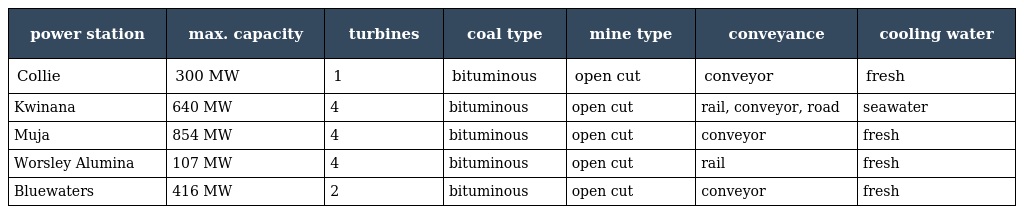
| power station | max. capacity | turbines | coal type | mine type | conveyance | cooling water |
 | --- | --- | --- | --- | --- | --- | --- |
 | Collie | 300 MW | 1 | bituminous | open cut | conveyor | fresh |
 | Kwinana | 640 MW | 4 | bituminous | open cut | rail, conveyor, road | seawater |
 | Muja | 854 MW | 4 | bituminous | open cut | conveyor | fresh |
 | Worsley Alumina | 107 MW | 4 | bituminous | open cut | rail | fresh |
 | Bluewaters | 416 MW | 2 | bituminous | open cut | conveyor | fresh |